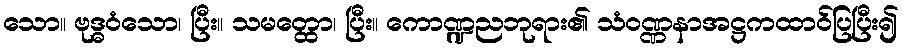
သော။ ဗုဒ္ဓဝံသော၊ ပြီး။ သမတ္ထော၊ ပြီး။ ကောဏ္ဍညဘုရား၏ သံဝဏ္ဏနာအဋ္ဌကထာဝ်ပြပြီး၍